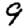
Digit: 9